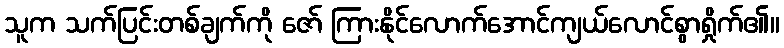
သူက သက်ပြင်းတစ်ချက်ကို ဇော် ကြားနိုင်လောက်အောင်ကျယ်လောင်စွာရှိုက်၏။